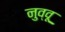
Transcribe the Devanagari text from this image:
नुव्वू